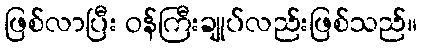
ဖြစ်လာပြီး ဝန်ကြီးချုပ်လည်းဖြစ်သည်။